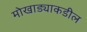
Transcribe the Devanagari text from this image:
मोखाड्याकडील